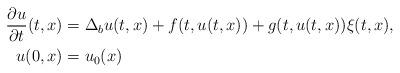
LaTeX: \begin{align*}\frac{\partial u}{\partial t}(t,x) &= \Delta_b u(t,x) + f(t,u(t,x)) + g(t,u(t,x))\xi(t,x),\\u(0,x) &= u_0(x)\end{align*}